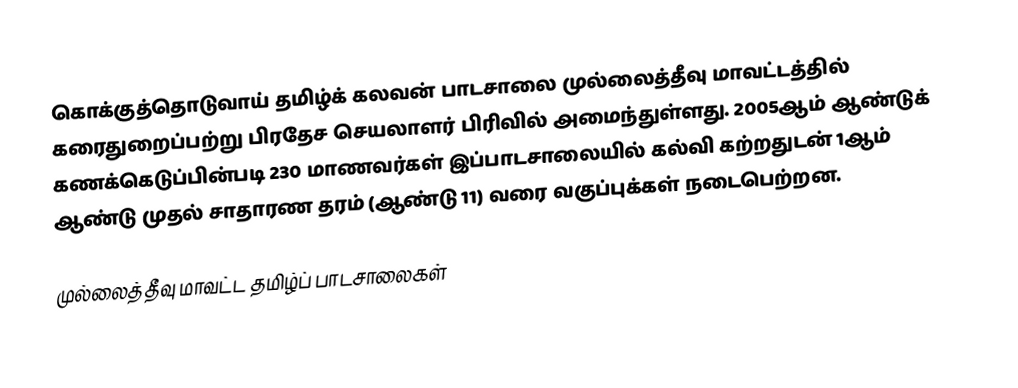
கொக்குத்தொடுவாய் தமிழ்க் கலவன் பாடசாலை முல்லைத்தீவு மாவட்டத்தில் கரைதுறைப்பற்று பிரதேச செயலாளர் பிரிவில் அமைந்துள்ளது. 2005ஆம் ஆண்டுக் கணக்கெடுப்பின்படி 230 மாணவர்கள் இப்பாடசாலையில் கல்வி கற்றதுடன் 1ஆம் ஆண்டு முதல் சாதாரண தரம் (ஆண்டு 11) வரை வகுப்புக்கள் நடைபெற்றன.

முல்லைத்தீவு மாவட்ட தமிழ்ப் பாடசாலைகள்